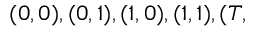
( 0 , 0 ) , ( 0 , 1 ) , ( 1 , 0 ) , ( 1 , 1 ) , ( T ,